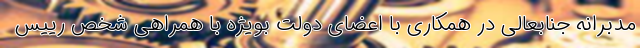
مدبرانه جنابعالی در همکاری با اعضای دولت بویژه با همراهی شخص رییس